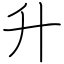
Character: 升